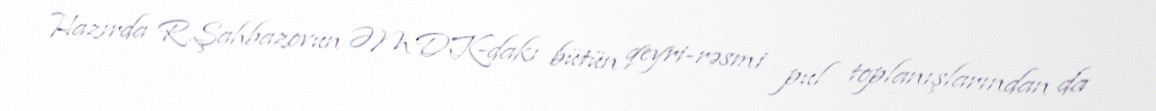
Hazırda R.Şahbazovun ƏMDK-dakı bütün qeyri-rəsmi pul toplanışlarından da